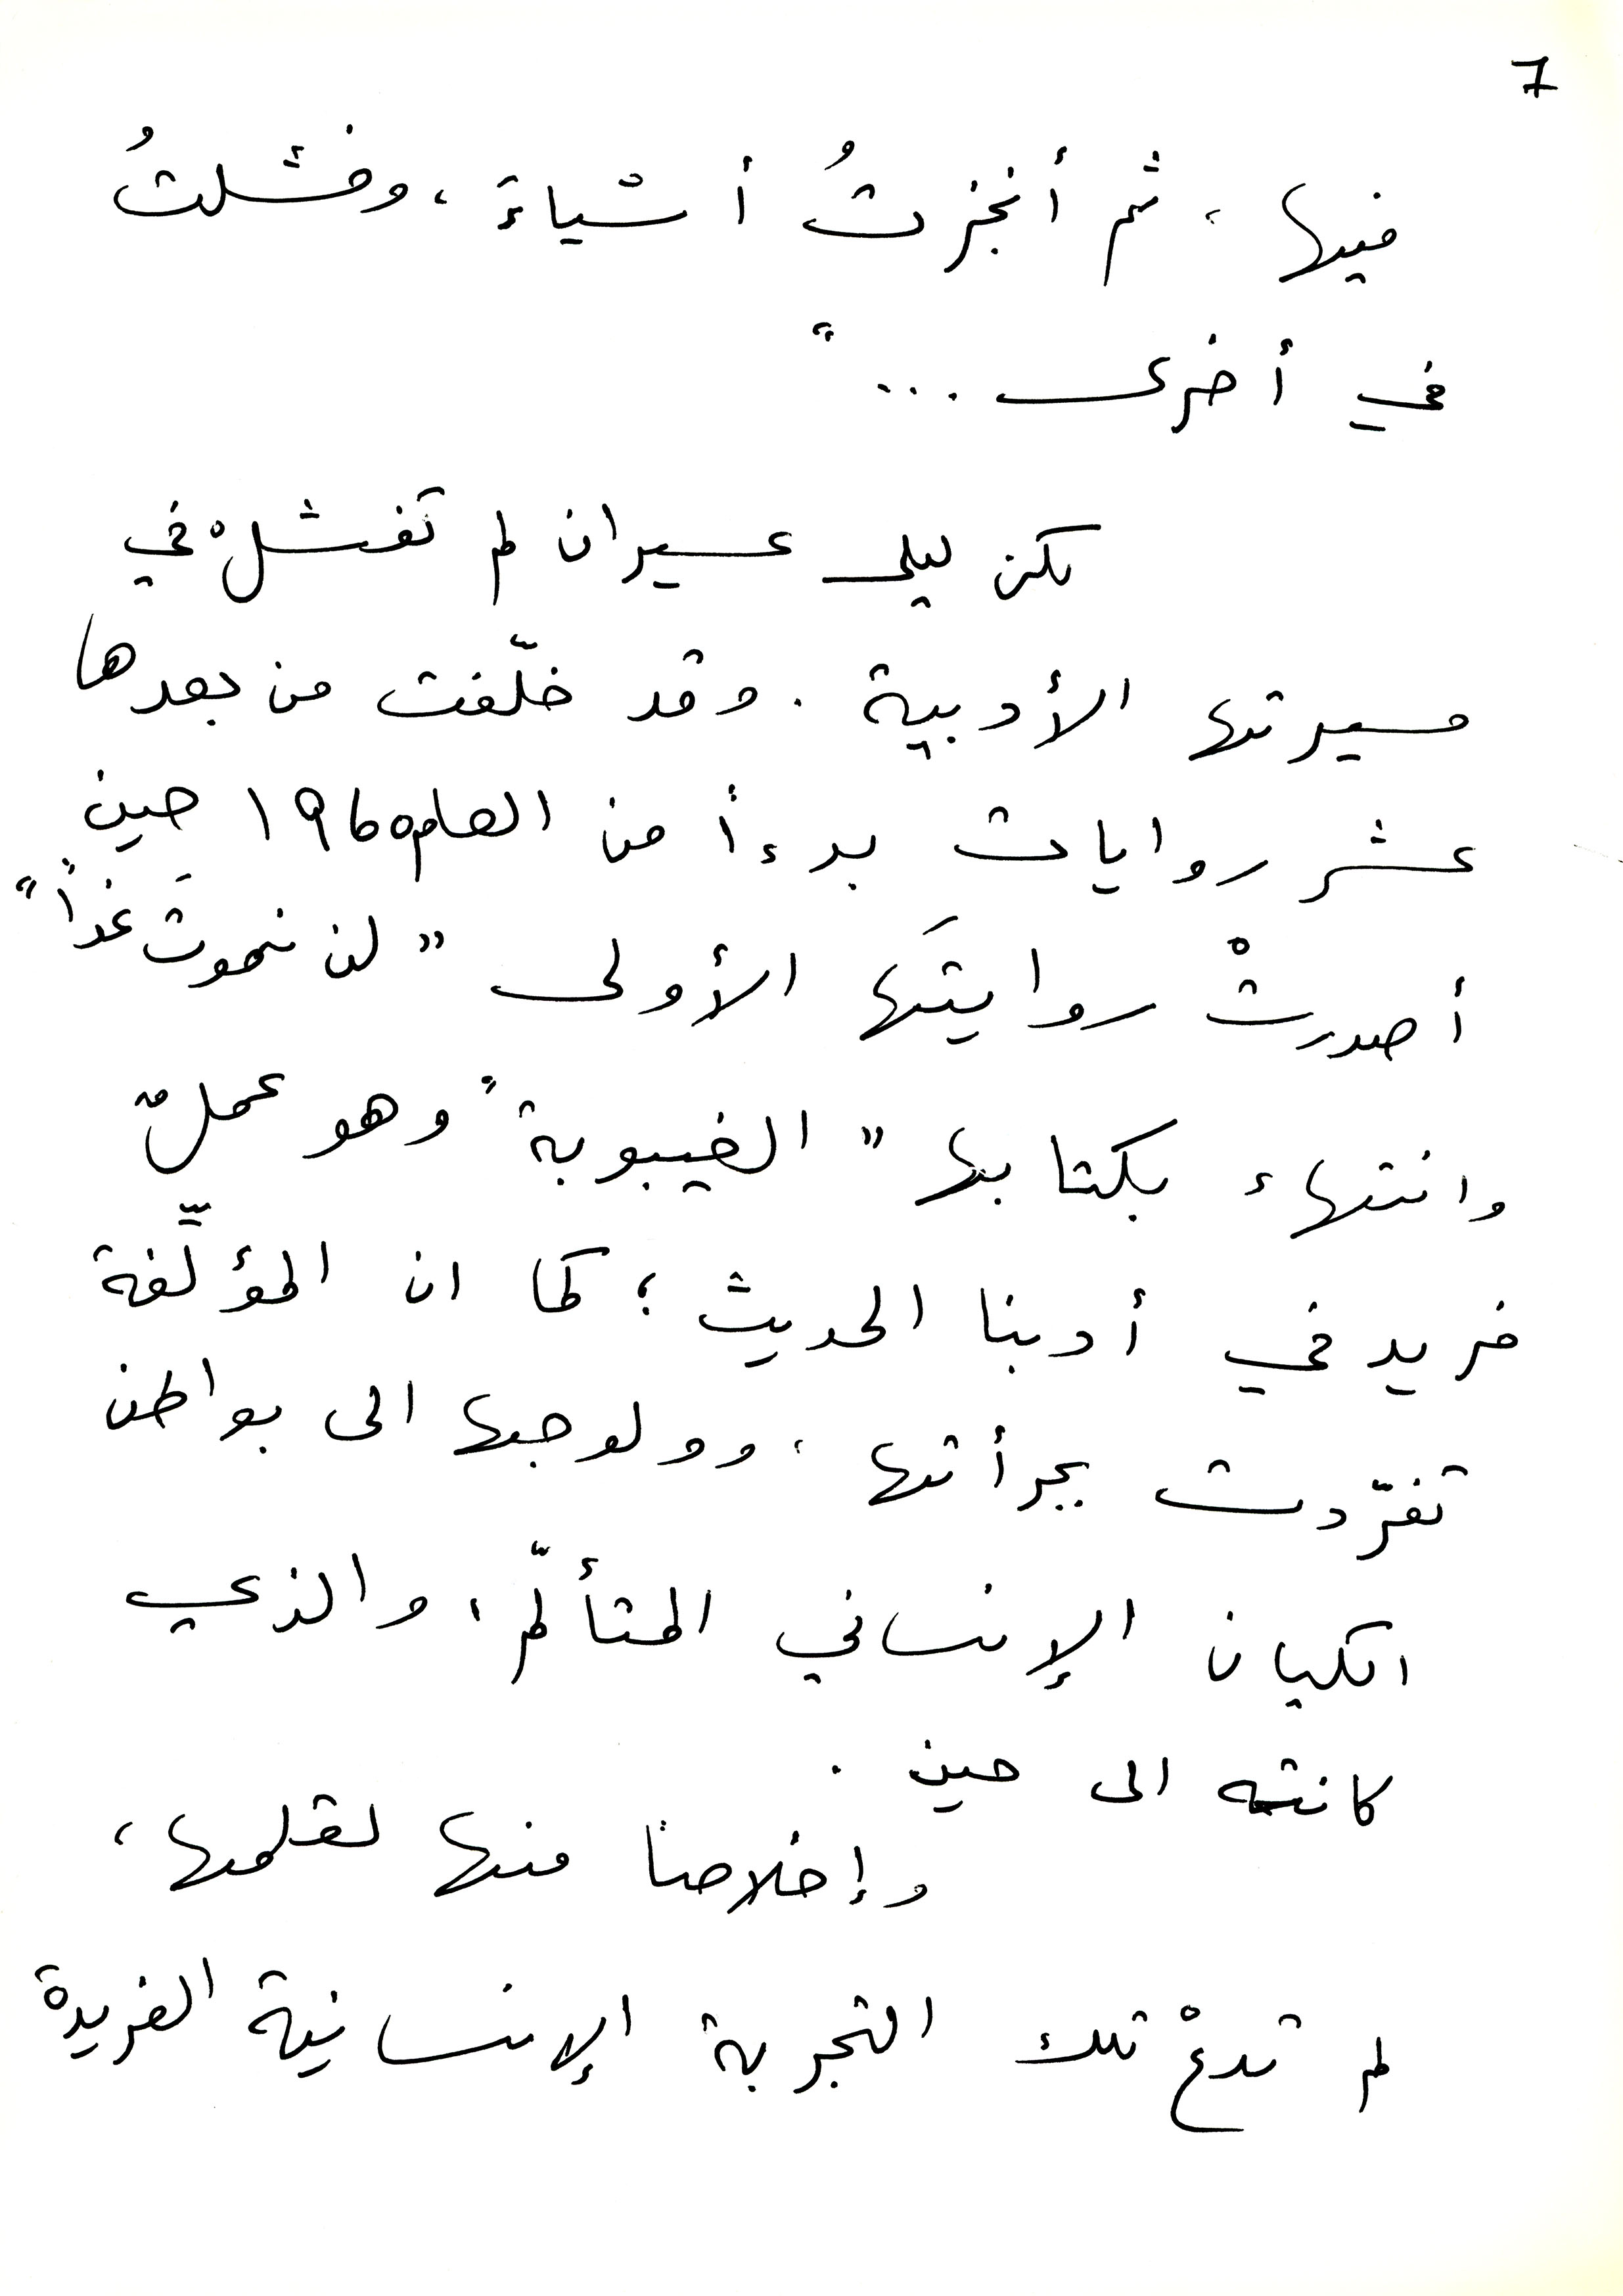
7
فيها، ثم أنجزتُ أشياءٌ، وفشلتُ
في أخرى... "
لكن ليلى عسيران لم تفشلْ في
مسيرتها الأدبية. وقد خلّفت من بعدها
عشر روايات بدءا من العام 1960 حين
أصدرتْ روايتَها الأولى "لن نموت غداً"
وانتهاء بكتابها "الغيبوبة" وهو عملُ
فريد في أدبنا الحديث؛ كما ان المؤلِّفة
تفرّدت بجرأتها، وولوجها إلى بواطن
الكيان الإنساني المتألّم، والذي
كانته الى حين.
وإخلاصاً منها لقلمها،
لم تدعْ تلك التجربة الإنسانية الفريدة